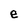
Character: e